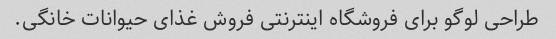
طراحی لوگو برای فروشگاه اینترنتی فروش غذای حیوانات خانگی.